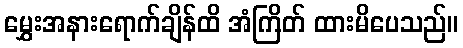
မွှေးအနားရောက်ချိန်ထိ အံကြိတ် ထားမိပေသည်။